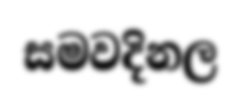
සමවදිනල